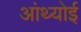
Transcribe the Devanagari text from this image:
आंथ्‍योई